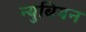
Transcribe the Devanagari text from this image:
न्युबियन